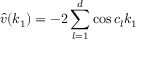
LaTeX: \hat { v } ( k _ { 1 } ) = - 2 \sum _ { l = 1 } ^ { d } \cos c _ { l } k _ { 1 }